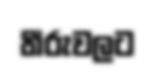
තීරුවලට